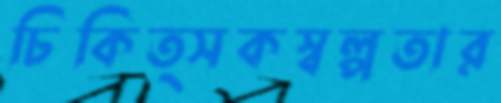
চিকিত্সকস্বল্পতার